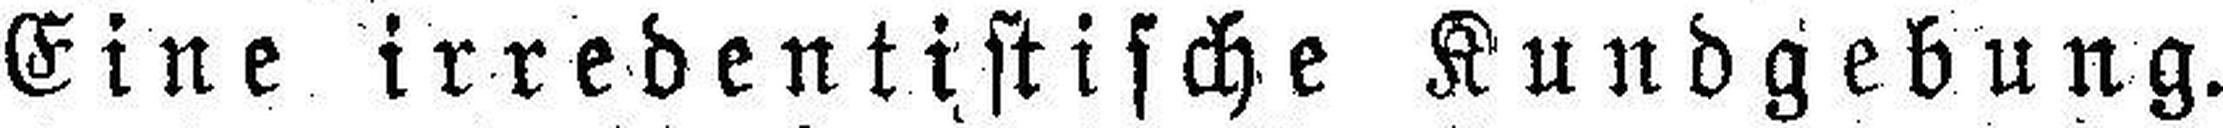
Eine irredentistische Kundgebung.